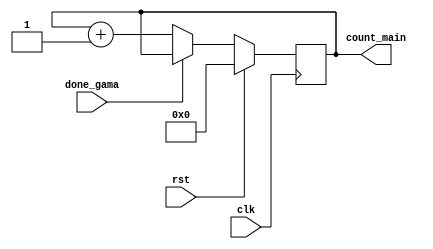
`timescale 1ns / 1ps
//////////////////////////////////////////////////////////////////////////////////
// Company: 
// Engineer: 
// 
// Design Name: 
// Module Name: counter_main
// Project Name: 
// Target Devices: 
// Tool Versions: 
// Description: 
// 
// Dependencies: 
// 
// Revision:
// Revision 0.01 - File Created
// Additional Comments:
// 
//////////////////////////////////////////////////////////////////////////////////


module counter_main(rst,clk,count_main,done_gama);
input clk,rst,done_gama;
output reg [7:0] count_main;

always @(posedge clk)
    begin
        if(rst)
            count_main<=0;
        else if(done_gama)
            count_main <= count_main;
        else
            count_main <= count_main+1;   
        
    end
endmodule